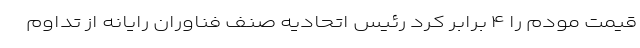
قیمت مودم را ۴ برابر کرد رئیس اتحادیه صنف فناوران رایانه از تداوم